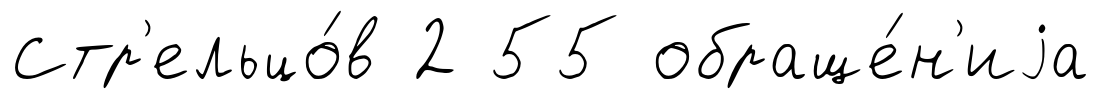
Стр'ельцо́в 2 55 обраще́н'иjа